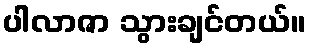
ပါလာဇာ သွားချင်တယ်။